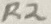
Text: R2